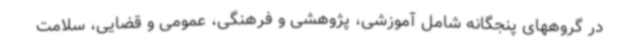
در گروههای پنجگانه شامل آموزشی، پژوهشی و فرهنگی، عمومی و قضایی، سلامت